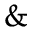
\&